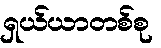
ရှယ်ယာတစ်စု